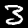
Label: 3